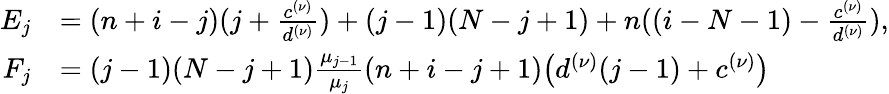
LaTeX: \begin{array}{rl}{E_{j}}&{=(n+i-j)(j+\frac{c^{(\nu)}}{d^{(\nu)}})+(j-1)(N-j+1)+n((i-N-1)-\frac{c^{(\nu)}}{d^{(\nu)}}),}\\ {F_{j}}&{=(j-1)(N-j+1)\frac{\mu_{j-1}}{\mu_{j}}(n+i-j+1)\big(d^{(\nu)}(j-1)+c^{(\nu)}\big)}\end{array}